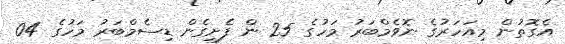
އެގޮތުން މިއަހަރުގެ ނޮވެމްބަރު މަހުގެ 25 ން ފެށިގެން ޑިސެމްބަރު މަހުގެ 04